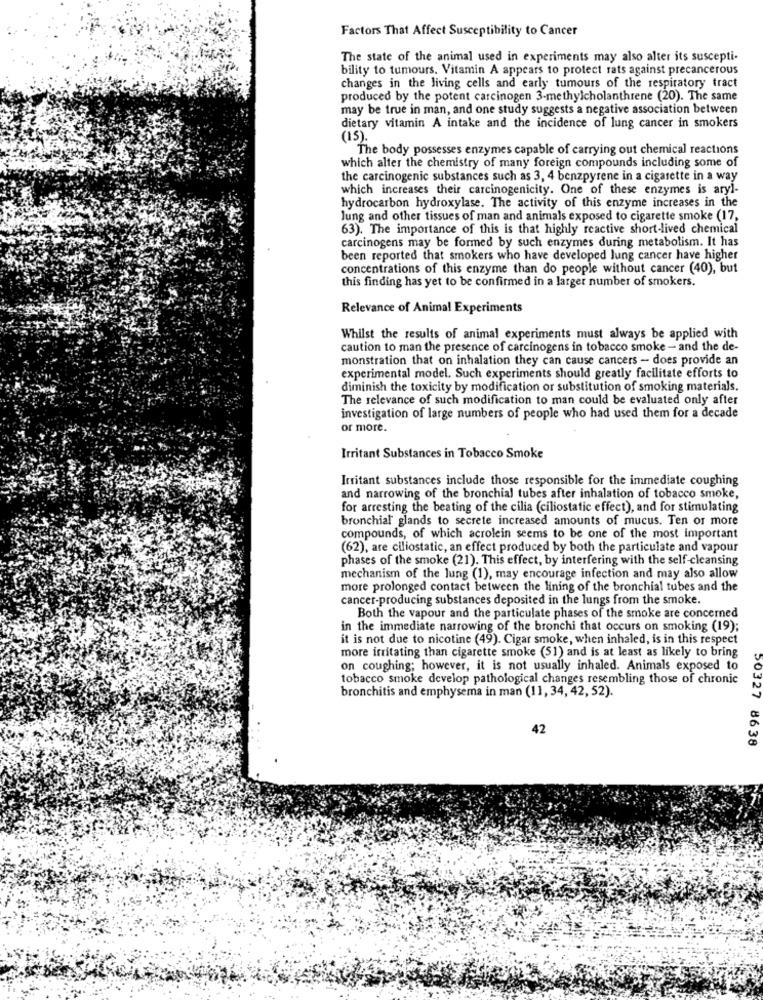
Factors That Affect Susceptibility to Cancer
The state of the animal used in experiments may also alter its suscepti-
bility to tumours. Vitamin A appears to protect rats against precancerous
changes in the living cells and early tumours of the respiratory tract
produced by the potent carcinogen 3-methylcholanthrene (20). The same
may be true in man, and one study suggests a negative association between
dietary vitamin A intake and the incidence of lung cancer in smokers
(15).
The body possesses enzymes capable of carrying out chemical reactions
which alter the chemistry of many foreign compounds including some of
the carcinogenic substances such as 3, 4 benzpyrene in a cigarette in a way
which increases their carcinogenicity. One of these enzymes is aryl-
hydrocarbon hydroxylase. The activity of this enzyme increases in the
Jung and other tissues of man and animals exposed to cigarette smoke (17,
63). The importance of this is that highly reactive short-lived chemical
carcinogens may be formed by such enzymes during metabolism. It has
been reported that smokers who have developed lung cancer have higher
concentrations of this enzyme than do people without cancer (40), but
this finding has yet to be confirmed in a larger number of smokers.
Relevance of Animal Experiments
Whilst the results of animal experiments must always be applied with
caution to man the presence of carcinogens in tobacco smoke - and the de-
monstration that on inhalation they can cause cancers - does provide an
experimental model. Such experiments should greatly facilitate efforts to
diminish the toxicity by modification or substitution of smoking materials.
The relevance of such modification to man could be evaluated only after
investigation of large numbers of people who had used them for a decade
or more.
Irritant Substances in Tobacco Smoke
Irritant substances include those responsible for the immediate coughing
and narrowing of the bronchial tubes after inhalation of tobacco smoke,
for arresting the beating of the cilia (ciliostatic effect), and for stimulating
bronchial glands to secrete increased amounts of mucus. Ten or more
compounds, of which acrolein seems to be one of the most important
(62), are ciliostatic, an effect produced by both the particulate and vapour
phases of the smoke (21). This effect, by interfering with the self-cleansing
mechanism of the lung (1), may encourage infection and may also allow
more prolonged contact between the lining of the bronchial tubes and the
cancer-producing substances deposited in the lungs from the smoke.
Both the vapour and the particulate phases of the smoke are concerned
in the immediate narrowing of the bronchi that occurs on smoking (19);
it is not due to nicotine (49). Cigar smoke, when inhaled, is in this respect
more irritating than cigarette smoke (51) and is at least as likely to bring
on coughing; however, it is not usually inhaled. Animals exposed to
tobacco smoke develop pathological changes resembling those of chronic
bronchitis and emphysema in man (11, 34, 42, 52).
42
00327 8638